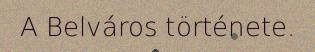
A Belváros története.